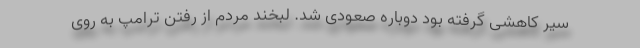
سیر کاهشی گرفته بود دوباره صعودی شد. لبخند مردم از رفتن ترامپ به روی